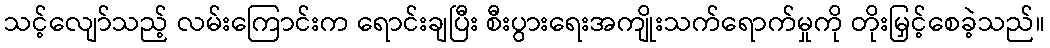
သင့်လျော်သည့် လမ်းကြောင်းက ရောင်းချပြီး စီးပွားရေးအကျိုးသက်ရောက်မှုကို တိုးမြှင့်စေခဲ့သည်။